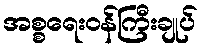
အစ္စရေးဝန်ကြီးချုပ်